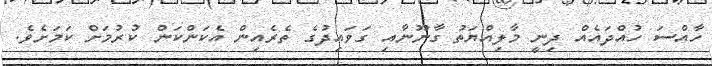
ހާއްސަ ހުއްދައެއް ދިނީ މާލިއްޔަތު ގާނޫނާއި ގަވައިދުގެ ތެރެއިން އެކަންކަން ކުރުމަށް ކަމަށެވެ.